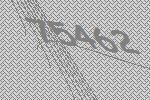
75462